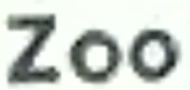
Zoo